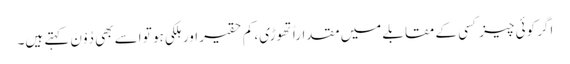
اگر کوئی چیز کسی کے مقابلے میں مقداراً تھوڑی، کم حقیر اور ہلکی ہو تو اسے بھی دُوْنَ کہتے ہیں۔